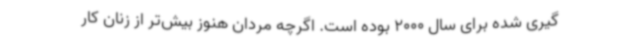
گیری شده برای سال 2000 بوده است. اگرچه مردان هنوز بیش‌تر از زنان کار